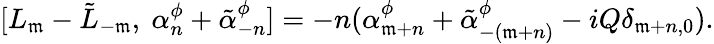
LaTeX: [L_{\mathfrak{m}}-\tilde{{L}}_{-\mathfrak{m}},~\alpha_{n}^{\phi}+\tilde{{\alpha}}_{-n}^{\phi}]=-n(\alpha_{\mathfrak{m}+n}^{\phi}+\tilde{{\alpha}}_{-(\mathfrak{m}+n)}^{\phi}-iQ\delta_{\mathfrak{m}+n,0}).